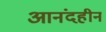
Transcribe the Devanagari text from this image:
आनंदहीन